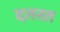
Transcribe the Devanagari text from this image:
दतरत